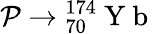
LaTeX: \mathcal{P}\rightarrow{_{70}^{174}}\mathrm{~Y~b~}